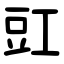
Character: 豇